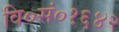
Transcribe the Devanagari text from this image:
वि०सं०१६४२